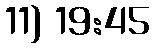
11) 19:45